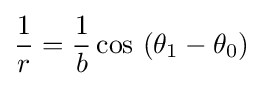
{\frac {1}{r}}={\frac {1}{b}}\cos \ (\theta _{1}-\theta _{0})